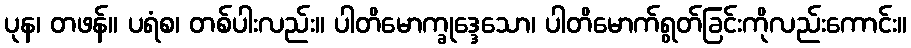
ပုန၊ တဖန်။ ပရံစ၊ တစ်ပါးလည်း။ ပါတိမောက္ခုဒ္ဒေသော၊ ပါတိမောက်ရွတ်ခြင်းကိုလည်းကောင်း။